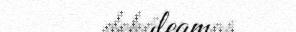
deháleamos